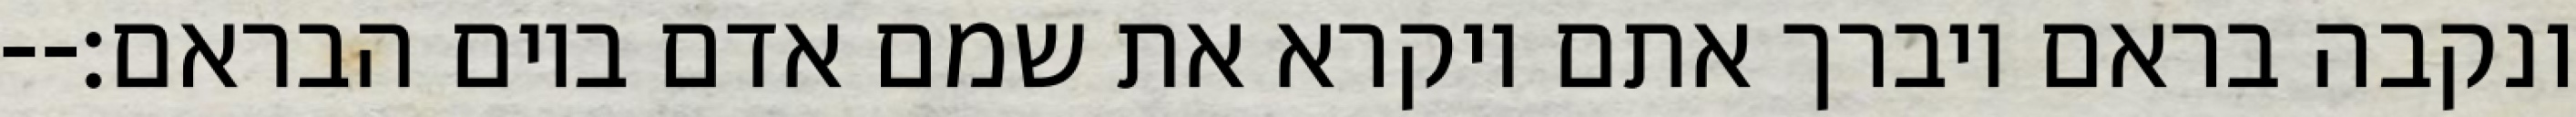
ונקבה בראם ויברך אתם ויקרא את שמם אדם ביום הבראם׃--